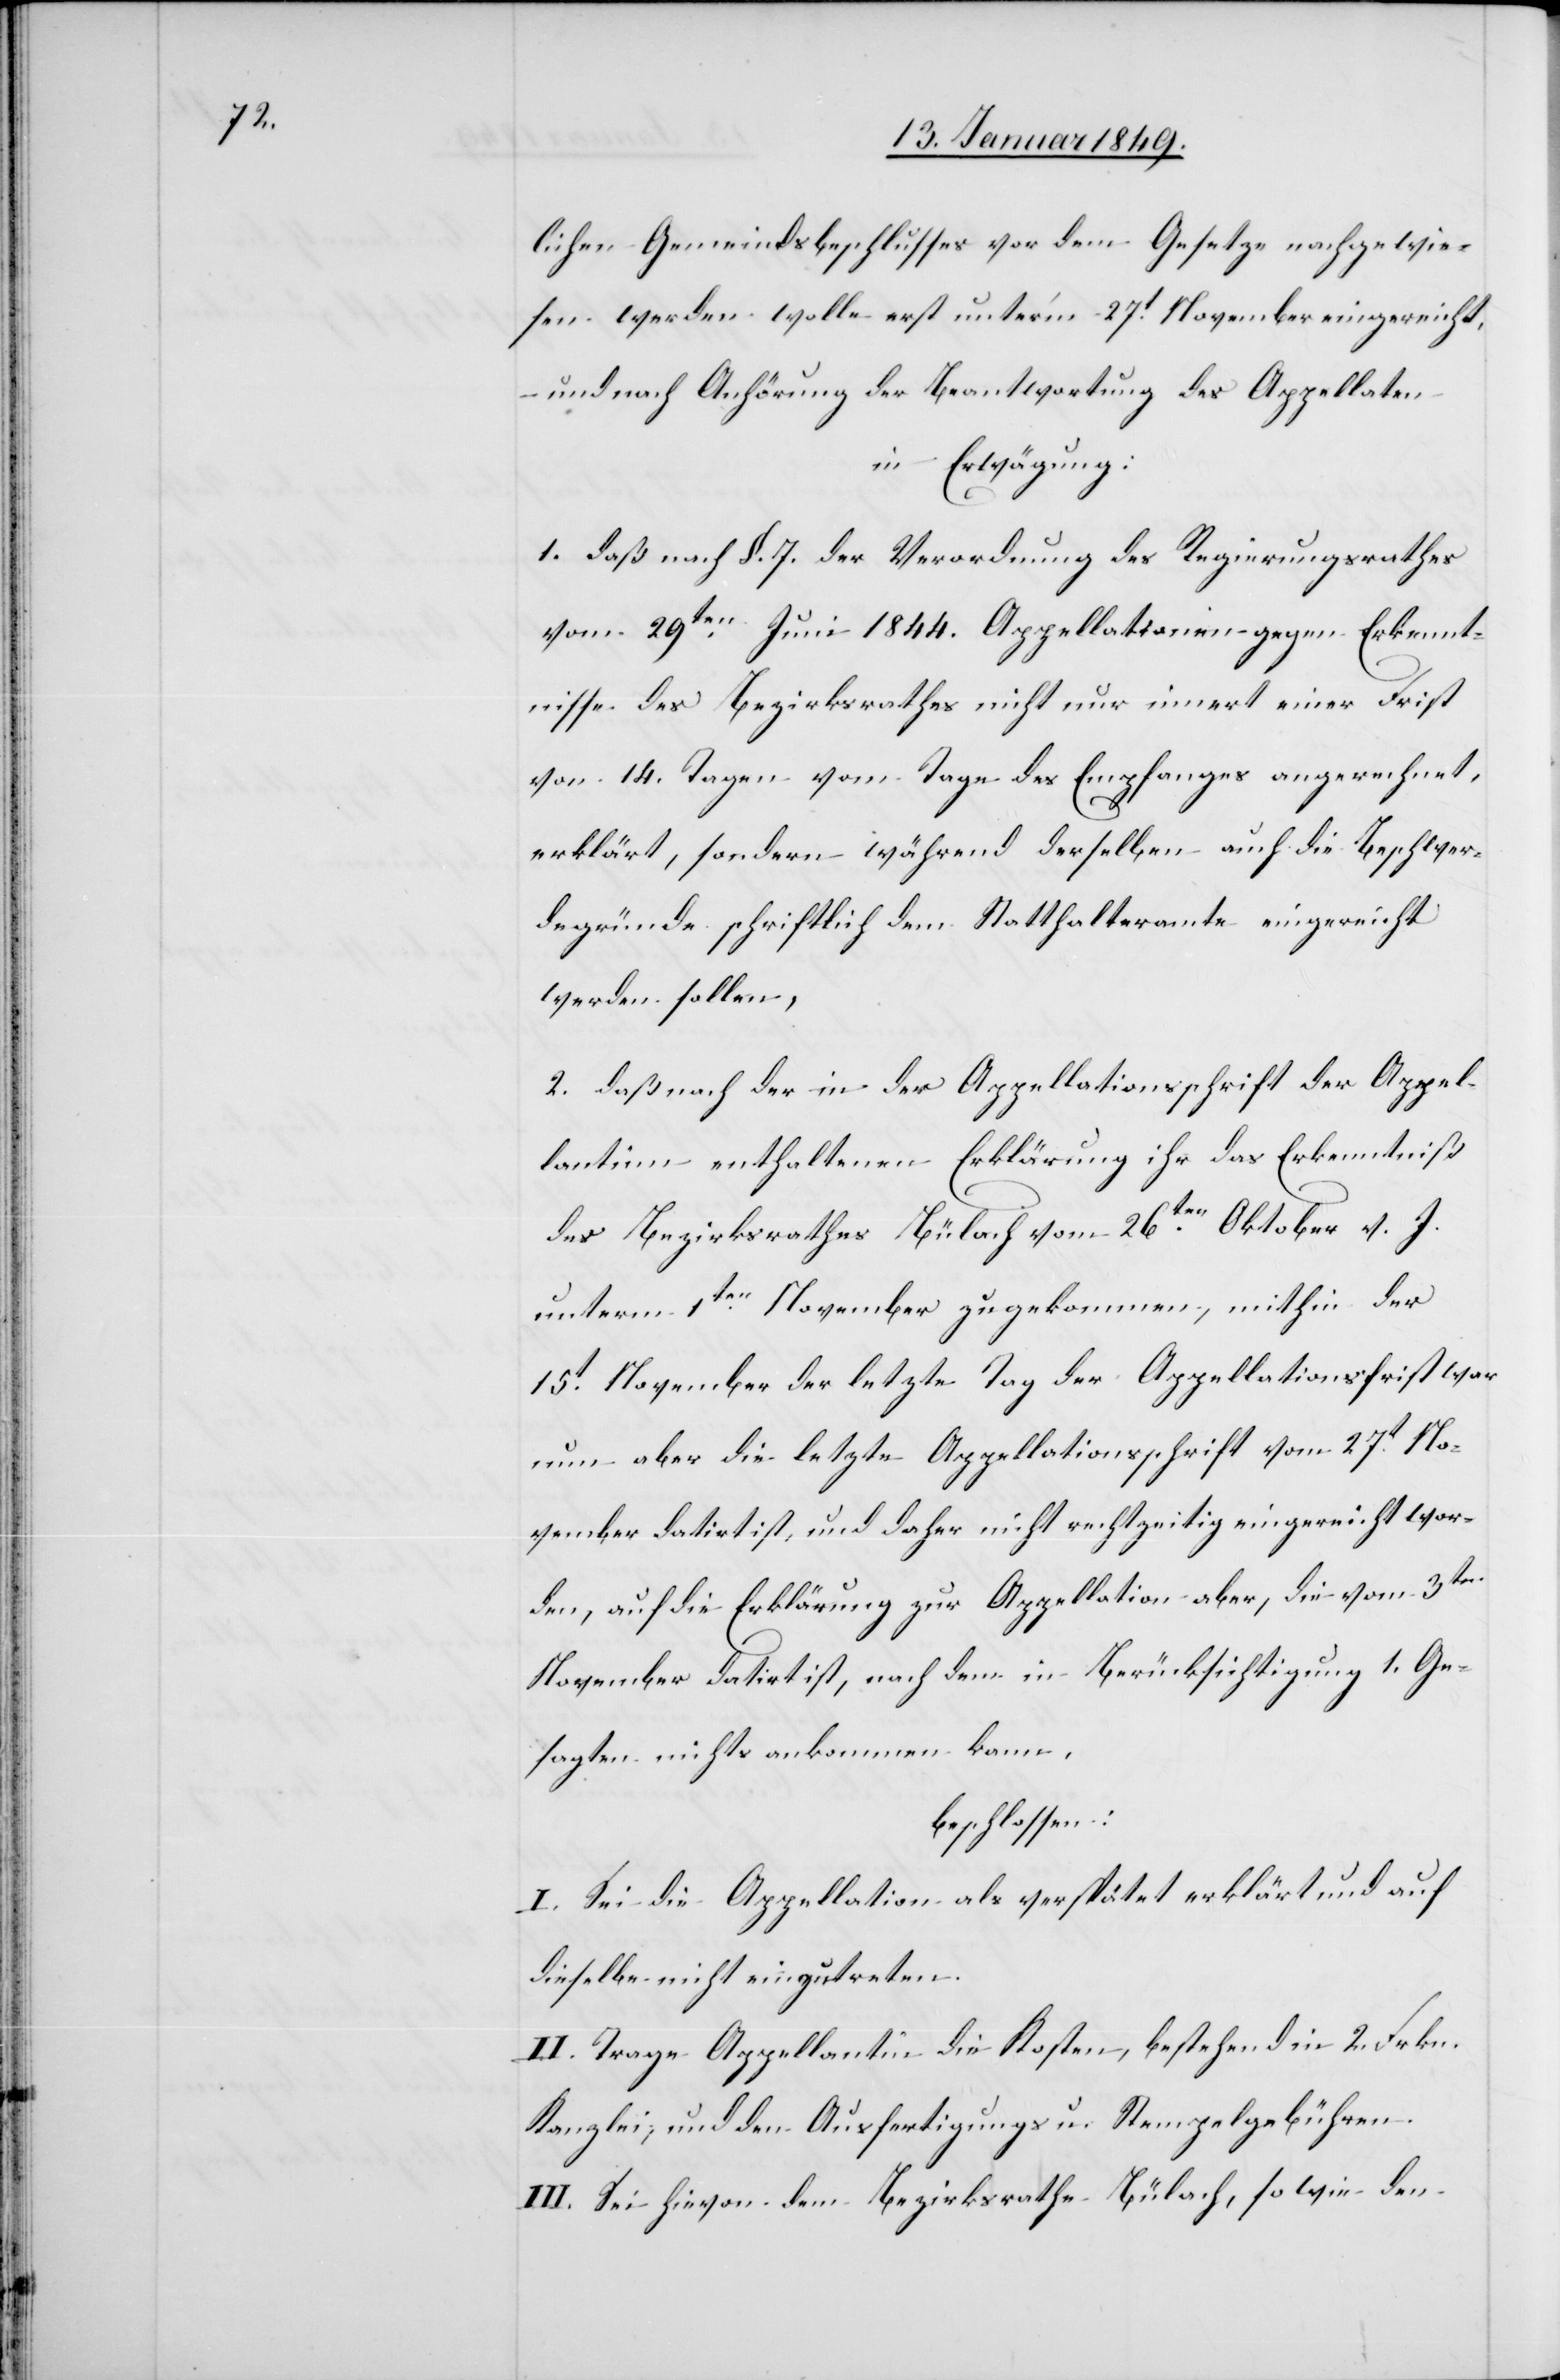
lichen Gemeindsbeschlusses vor dem Gesetze nachgewie¬
sen werden wolle erst unter’m 27t. November eingereicht,
und nach Anhörung der Beantwortung des Appellaten
in Erwägung:
1. daß nach §. 7. der Verordnung des Regierungsrathes
vom 29ten. Juni 1844. Appellationen gegen Erkennt¬
nisse des Bezirksrathes nicht nur innert einer Frist
von 14. Tagen vom Tage des Empfanges angerechnet,
erklärt, sondern während derselben auch die Beschwer¬
degründe schriftlich dem Statthalteramte eingereicht
werden sollen,
2. daß nach der in der Appellationsschrift der Appel¬
lantin enthaltenen Erklärung ihr das Erkenntniß
des Bezirksrathes Bülach vom 26ten. Oktober v. J.
unterm 1ten. November zugekommen, mithin der
15t. November der letzte Tag der Appellationsfrist war
nun aber die letzte Appellationsschrift vom 27t. No¬
vember datirt ist, und daher nicht rechtzeitig eingereicht wor¬
den, auf die Erklärung zur Appellation aber, die vom 3ten
November datirt ist, nach dem in Berücksichtigung 1. Ge¬
sagten nicht ankommen kann,
beschlossen:
I. Sei die Appellation als verspätet erklärt und auf
dieselbe nicht einzutreten.
II. Trage Appellantin die Kosten, bestehend in 2 Frkn.
Kanzlei, und den Ausfertigungs u. Stempelgebühren.
III. Sei hievon dem Bezirksrathe Bülach, so wie den